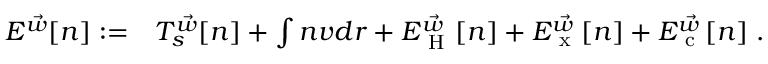
\begin{array} { r l } { E ^ { \vec { w } } [ n ] : = } & { { } T _ { s } ^ { \vec { w } } [ n ] + \int n v d \boldsymbol { r } + E _ { \mathrm { ~ H ~ } } ^ { \vec { w } } [ n ] + E _ { \mathrm { ~ x ~ } } ^ { \vec { w } } [ n ] + E _ { \mathrm { ~ c ~ } } ^ { \vec { w } } [ n ] \; . } \end{array}